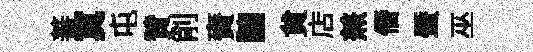
蕃寞屯贊削賚譲貟店𠔥僭蜃巫